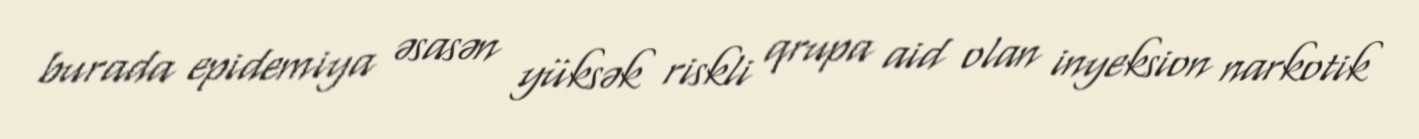
burada epidemiya əsasən yüksək riskli qrupa aid olan inyeksion narkotik